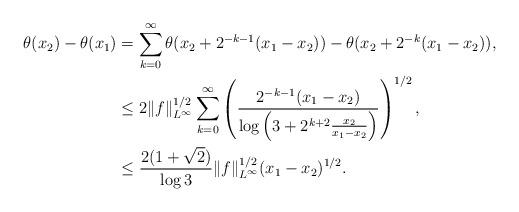
LaTeX: \begin{align*}\theta(x_2) - \theta(x_1) &= \sum_{k=0}^\infty \theta(x_2 + 2^{-k-1} (x_1-x_2) ) - \theta(x_2 + 2^{-k} (x_1-x_2)), \\&\leq 2 \|f\|_{L^\infty}^{1/2} \sum_{k=0}^\infty \left( \frac{2^{-k-1} (x_1-x_2)}{\log\left( 3 + 2^{k+2} \frac{x_2}{x_1-x_2}\right)} \right)^{1/2}, \\&\leq \frac{2 (1+\sqrt 2)}{ \log 3} \|f\|_{L^\infty}^{1/2}(x_1-x_2)^{1/2}.\end{align*}